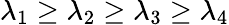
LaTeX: \lambda_{1}\geq\lambda_{2}\geq\lambda_{3}\geq\lambda_{4}